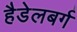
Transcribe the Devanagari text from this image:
हैडेलबर्ग